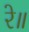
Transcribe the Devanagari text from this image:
रे॥